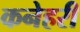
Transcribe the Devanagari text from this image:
कनेहरी